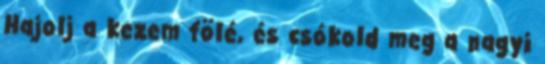
Hajolj a kezem fölé, és csókold meg a nagyi